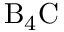
\mathrm { { B } _ { 4 } C }